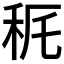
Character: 𥝾